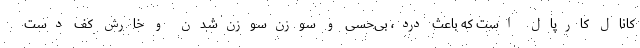
کانال کارپال است که باعث درد، بی‌حسی و سوزن‌سوزن‌شدن و خارش کف دست